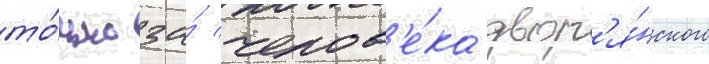
то́лько за́ челов'е́ка двор'я́нского